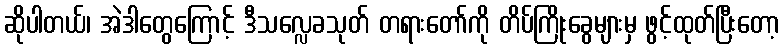
ဆိုပါတယ်၊ အဲဒါတွေကြောင့် ဒီသလ္လေခသုတ် တရားတော်ကို တိပ်ကြိုးခွေများမှ ဖွင့်ထုတ်ပြီးတော့